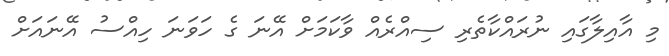
މި އާއިލާގައި ނުރައްކާތެރި ސިއްރެއް ވާކަމަށް އޭނަ ގެ ހަވަނަ ހިއްސު އޭނައަށް